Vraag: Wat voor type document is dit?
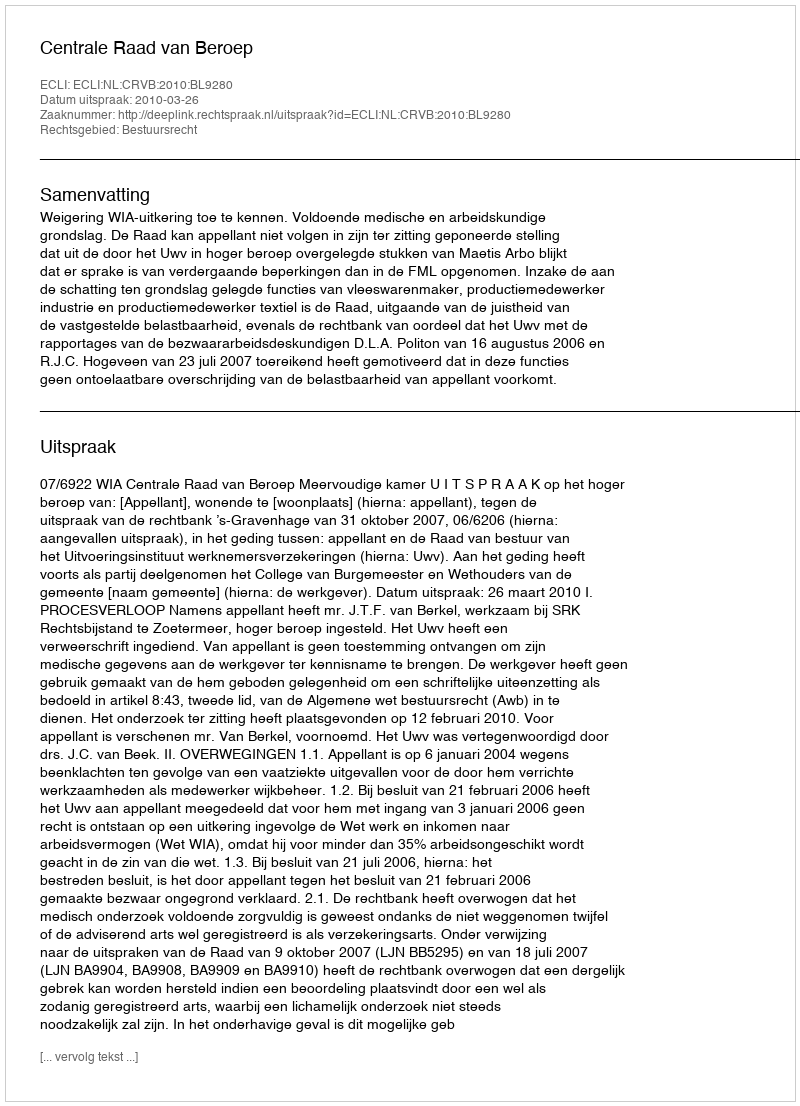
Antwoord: Uitspraak